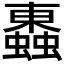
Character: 𧓕